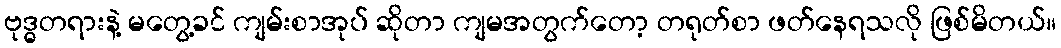
ဗုဒ္ဓတရားနဲ့ မတွေ့ခင် ကျမ်းစာအုပ် ဆိုတာ ကျမအတွက်တော့ တရုတ်စာ ဖတ်နေရသလို ဖြစ်မိတယ်။